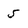
Character: 5